Lunatic asylums Madras 1877-1891 - 1877-1891
Year: 1877
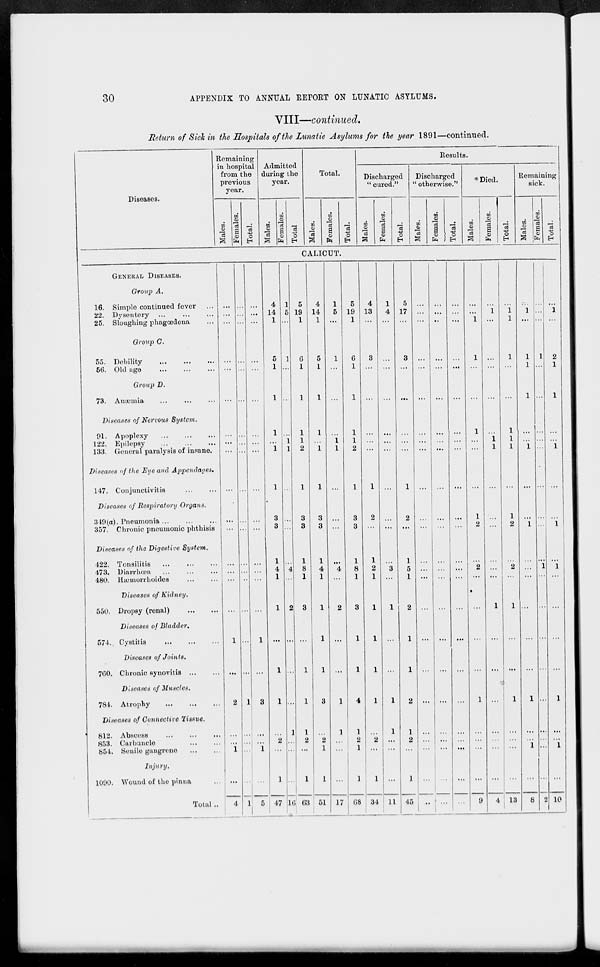
30
APPENDIX TO ANNUAL REPORT ON LUNATIC ASYLUMS.
VIII—continued.
Return of Sick in the Hospitals of the Lunatic Asylums for the year 1891—continued.
Diseases.
Remaining
in hospital
from the
previous
year.
Males.
Females.
Total.
Admitted
during the
year.
Males.
Females.
Total
Total.
Males.
Females.
Total.
Results.
Discharged
" cured."
Males.
Females.
Total.
Discharged
" otherwise."
Males.
Females.
Total.
Died.
Males.
Females.
Total.
Remaining
sick.
Males.
Females.
Total.
CALICUT.
GENERAL DISEASES.
Group A.
16. Simple continued fever ...
22. Dysentery ... ... ...
25. Sloughing phagœdena ...
Group C.
55. Debility
...
...
...
56. Old age
...
...
...
Group D.
73. Anæmia
...
...
...
Diseases of Nervous System.
91. Apoplexy
...
...
...
122. Epilepsy
...
...
...
133. General paralysis of insane.
Diseases of the Eye and Appendages.
147. Conjunctivitis ... ...
Diseases of Respiratory Organs.
349(a). Pneumonia
...
...
...
357. Chronic pneumonic phthisis
Diseases of the Digestive System.
422. Tonsilitis
...
...
...
473. Diarrhœa
...
...
...
480. Hæmorrhoides
...
...
Diseases of Kidney.
550. Dropsy (renal)
...
...
Diseases of Bladder.
574. Cystitis ... ... ...
Diseases of Joints.
760. Chronic synovitis
...
...
Diseases of Muscles.
784. Atrophy
...
...
...
Diseases of Connective Tissue.
812. Abscess
...
...
...
853. Carbuncle
...
...
854. Senile gangrene
...
...
Injury.
1090. Wound of the pinna ...
Total ...
...
...
...
...
...
...
...
...
...
...
...
...
...
...
...
...
...
...
2
...
...
1
...
4
...
...
...
...
...
...
...
...
...
...
...
...
...
...
...
...
...
...
1
..
...
...
...
1
...
...
...
...
...
...
...
...
...
...
...
...
...
...
...
...
1
...
3
...
...
1
...
5
4
14
1
5
1
1
1
...
1
1
3
3
1
4
1
1
...
1
1
...
2
...
1
47
1
5
...
1
...
...
...
1
1
...
...
...
...
4
...
2
...
...
...
1
...
...
...
16
5
19
1
6
1
1
1
1
2
1
3
3
1
8
1
3
...
1
1
1
2
...
1
63
4
14
1
5
1
1
1
...
1
1
3
3
1
4
1
1
1
1
3
...
2
1
1
51
1
5
...
1
...
...
...
1
1
...
...
...
...
4
...
2
...
...
1
1
...
...
...
17
5
19
1
6
1
1
1
1
2
1
3
3
1
8
1
3
1
1
4
1
2
1
1
68
4
13
...
3
...
...
...
...
...
1
2
...
1
2
1
1
1
1
1
...
2
...
1
34
1
4
...
...
...
...
...
...
...
...
...
...
...
3
...
1
...
...
1
1
...
...
...
11
5
17
...
3
...
...
...
...
...
1
2
...
1
5
1
2
1
1
2
1
2
...
1
45
...
...
...
...
...
...
...
...
...
...
...
...
...
...
...
...
...
...
...
...
...
...
...
...
...
...
..
...
...
...
...
...
...
...
...
...
...
...
...
...
...
...
...
...
...
...
...
...
...
...
...
...
...
...
...
...
...
...
...
...
...
...
...
...
...
...
...
...
...
...
...
...
...
...
1
1
...
...
1
...
...
...
1
2
...
2
...
...
...
...
1
...
...
...
...
9
...
1
...
...
...
...
...
1
1
...
...
...
...
...
...
1
...
...
...
...
...
...
...
4
...
1 1
1
...
...
1
1
1
...
1
2
...
2
...
1
...
...
1
...
...
...
...
13
...
1
...
1
1
1
...
...
1
...
...
1
...
...
...
...
...
...
1
...
...
1
...
8
...
...
...
1
...
...
...
...
...
...
...
...
...
1
...
...
...
...
...
...
...
...
...
2
...
1
...
2
1
1
...
...
1
...
...
1
...
1
...
...
...
...
1
...
...
1
...
10